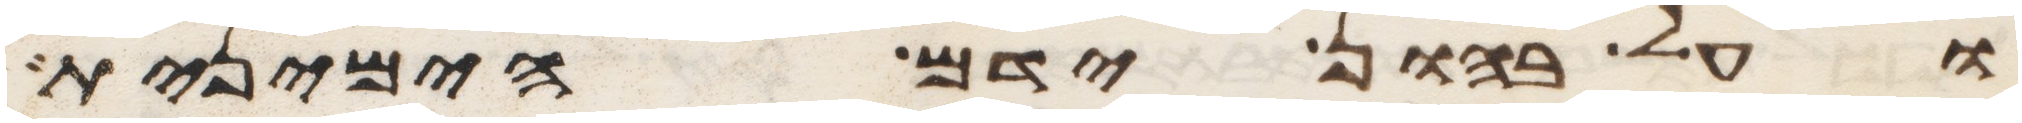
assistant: ועל בהון ידם הימנית